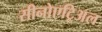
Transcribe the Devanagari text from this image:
सीनोएट्रिअल